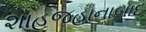
શાહજહાનાબાદ